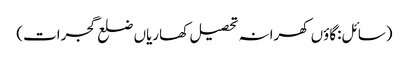
(سائل:گاؤں کھرانہ تحصیل کھاریاں ضلع گجرات)